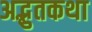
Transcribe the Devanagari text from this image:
अद्भुतकथा